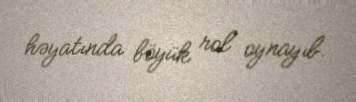
həyatında böyük rol oynayıb.